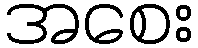
အစေး